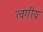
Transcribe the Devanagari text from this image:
त्वगीय